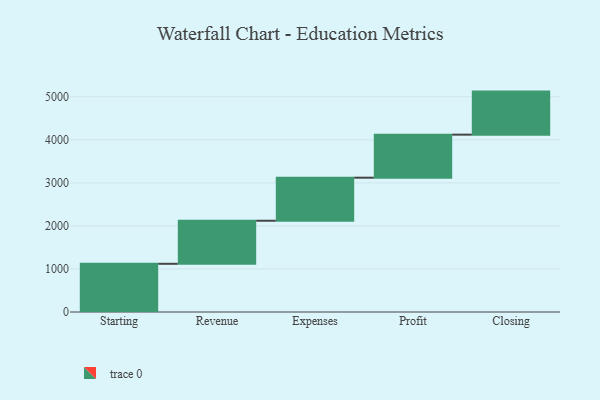
{"axis": {"x": "Step", "y": "Value"}, "legend": [""], "data": [{"x": "Starting", "y": 1120.0, "type": ""}, {"x": "Revenue", "y": 1000, "type": ""}, {"x": "Expenses", "y": 1000, "type": ""}, {"x": "Profit", "y": 1000, "type": ""}, {"x": "Closing", "y": 1000, "type": ""}]}